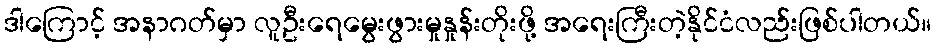
ဒါကြောင့် အနာဂတ်မှာ လူဦးရေမွေးဖွားမှုနှုန်းတိုးဖို့ အရေးကြီးတဲ့နိုင်ငံလည်းဖြစ်ပါတယ်။